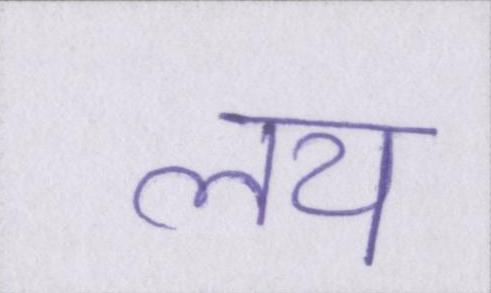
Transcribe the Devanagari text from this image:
लय